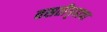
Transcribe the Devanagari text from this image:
वसतीगृहाचा